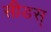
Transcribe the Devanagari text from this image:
सीडस्